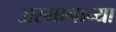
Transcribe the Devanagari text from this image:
अस्मानाच्या